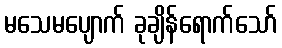
မသေမပျောက် ခုချိန်ရောက်သော်